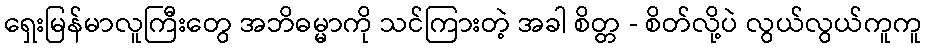
ရှေးမြန်မာလူကြီးတွေ အဘိဓမ္မာကို သင်ကြားတဲ့ အခါ စိတ္တ - စိတ်လို့ပဲ လွယ်လွယ်ကူကူ